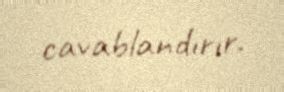
cavablandırır.